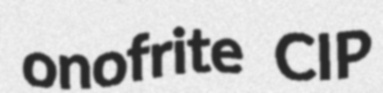
onofrite CIP